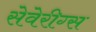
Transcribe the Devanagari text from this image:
सेवेरीग्स